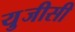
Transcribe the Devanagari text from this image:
यु़जीसी